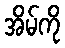
အိမ်ကို